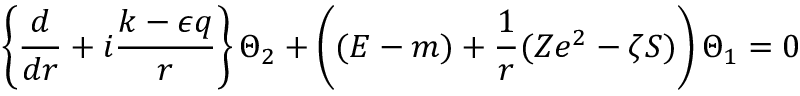
\left\{ \frac d { d r } + i \frac { k - \epsilon q } r \right\} \Theta _ { 2 } + \left( ( E - m ) + \frac 1 r ( Z e ^ { 2 } - \zeta S ) \right) \Theta _ { 1 } = 0